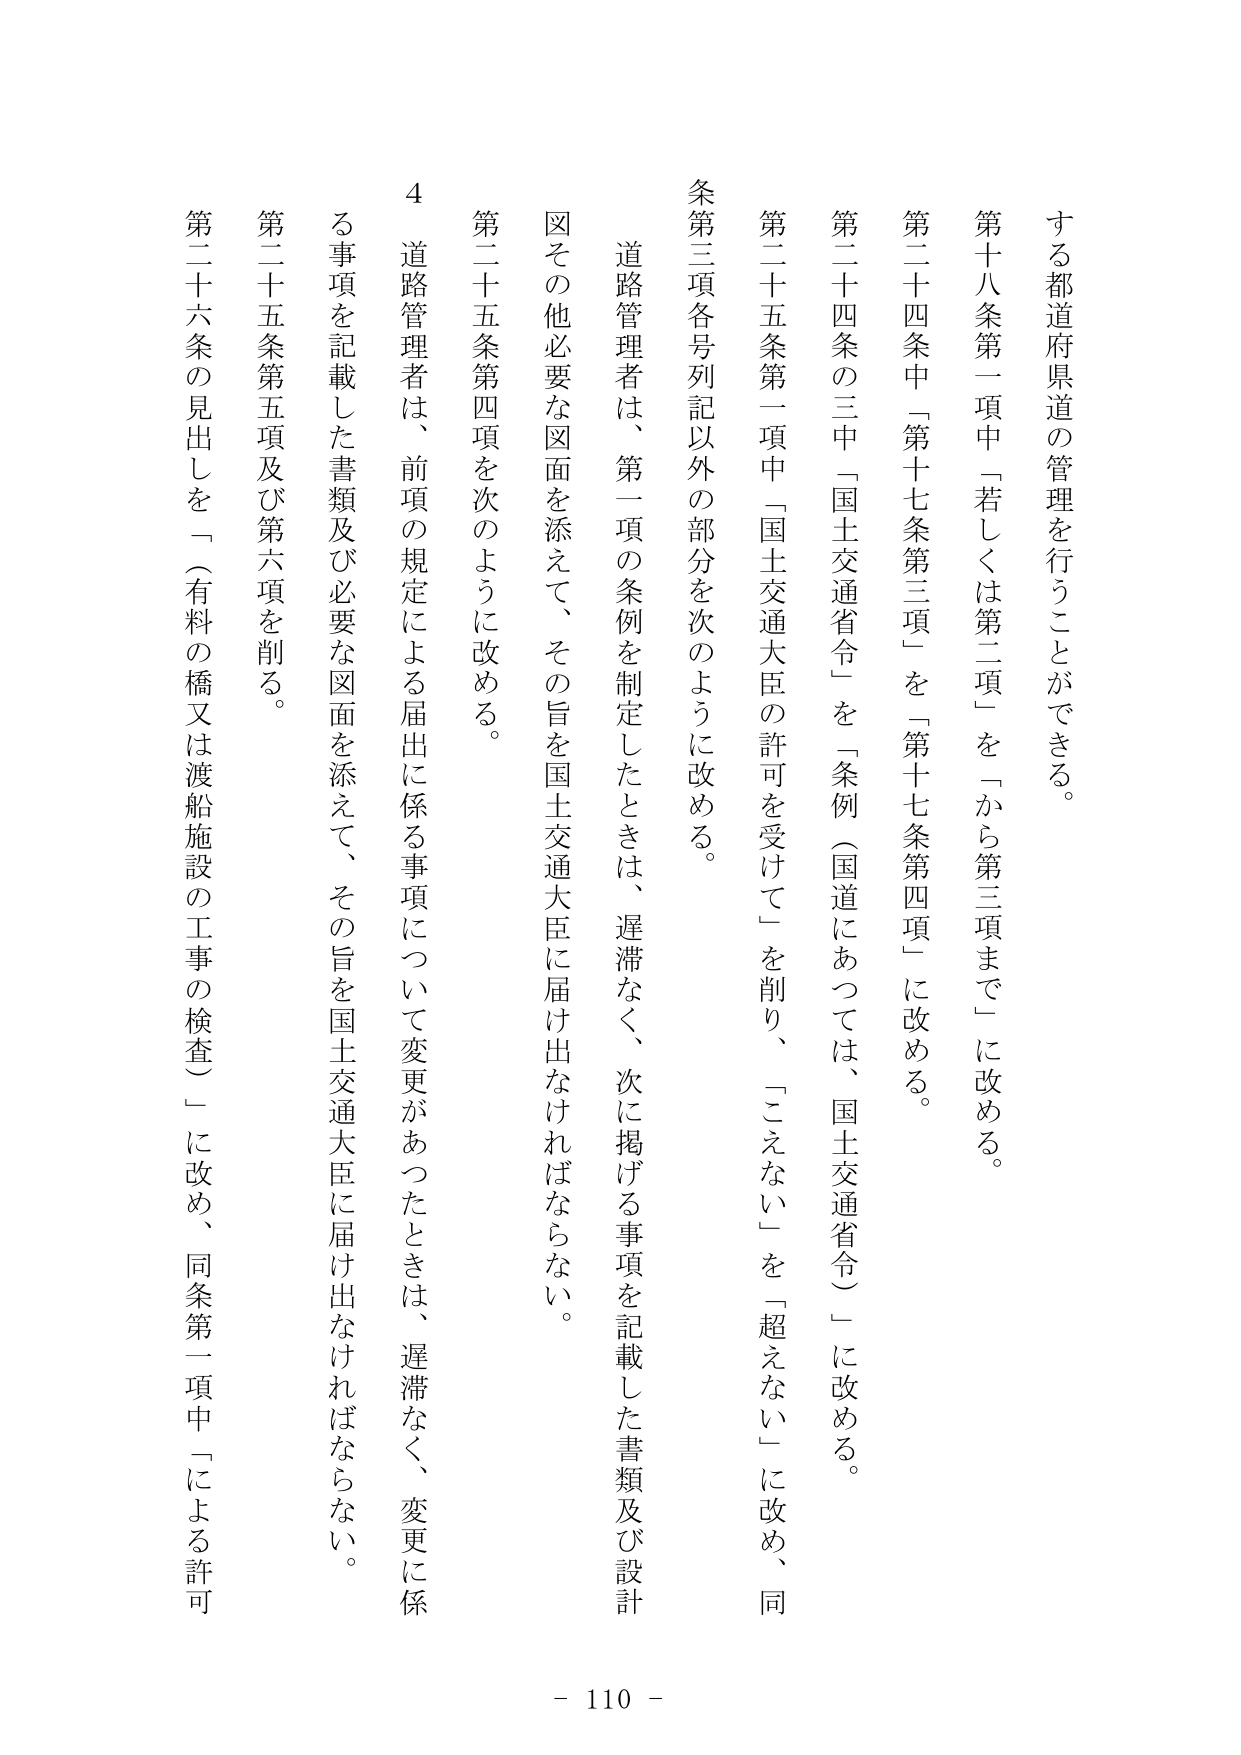
する都道府県道の管理を行うことができる。

第十八条第一項中「若しくは第二項」を「から第三項まで」に改める。

第二十四条中「第十七条第三項」を「第十七条第四項」に改める。

第二十四条の三中「国土交通省令」を「条例（国道にあっては、国土交通省令）」に改める。

第二十五条第一項中「国土交通大臣の許可を受けて」を削り、「こえない」を「超えない」に改め、同条第三項各号列記以外の部分を次のように改める。

道路管理者は、第一項の条例を制定したときは、遅滞なく、次に掲げる事項を記載した書類及び設計図その他必要な図面を添えて、その旨を国土交通大臣に届け出なければならない。

第二十五条第四項を次のように改める。

4 道路管理者は、前項の規定による届出に係る事項について変更があったときは、遅滞なく、変更に係る事項を記載した書類及び必要な図面を添えて、その旨を国土交通大臣に届け出なければならない。

第二十五条第五項及び第六項を削る。

第二十六条の見出しを「（有料の橋又は渡船施設の工事の検査）」に改め、同条第一項中「による許可

- 110 -